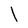
Character: l